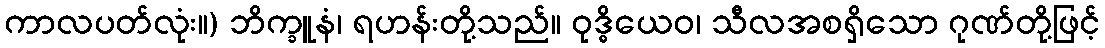
ကာလပတ်လုံး။) ဘိက္ခူနံ၊ ရဟန်းတို့သည်။ ဝုဒ္ဓိယေဝ၊ သီလအစရှိသော ဂုဏ်တို့ဖြင့်